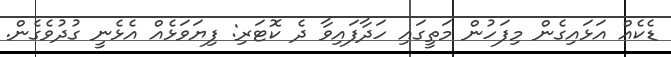
ޑެކެއް އަޅައިގެން މިފަހުން މަތީގައި ހަދާފައިވާ ދެ ކޮޓަރި: ފިޔަވަޅެއް އެޅެނީ ގުދުވެގެން.